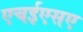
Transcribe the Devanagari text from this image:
एचईएसए